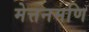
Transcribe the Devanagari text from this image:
मेत्तनमणि